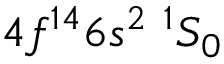
4 f ^ { 1 4 } 6 s ^ { 2 } ~ ^ { 1 } S _ { 0 }